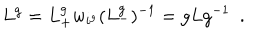
L ^ { g } = L _ { + } ^ { g } w _ { i ^ { g } } ( L _ { - } ^ { g } ) ^ { - 1 } = g L g ^ { - 1 } \ \ .